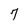
Character: 7